Report of an investigation of the epidemic of malarial fever in Assam, or, kala-azar
Disease focus: Malaria
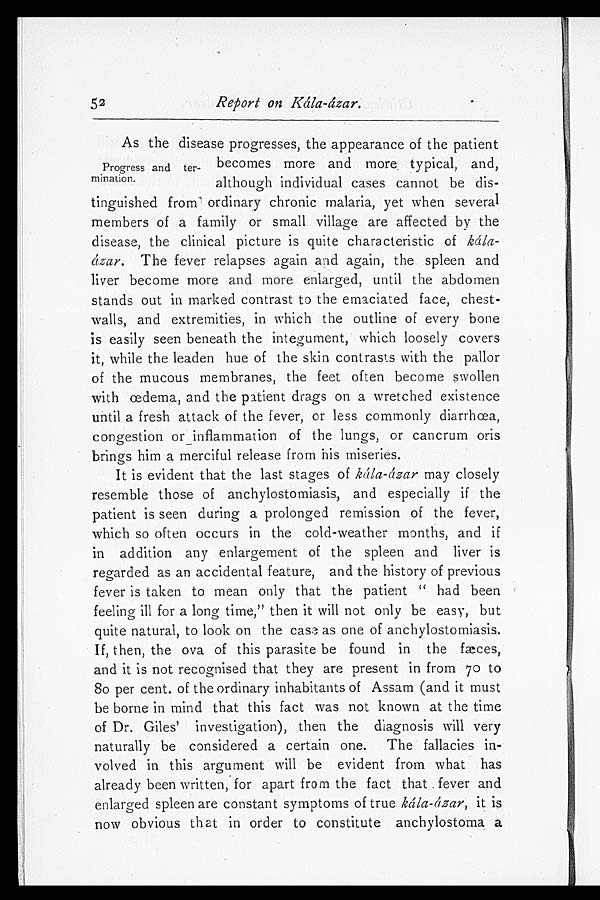
Report on Kála-ázar.
As the disease progresses, the appearance of the patient
becomes more and more typical, and,
although individual cases cannot be dis-
tinguished from ordinary chronic malaria, yet when several
members of a family or small village are affected by the
disease, the clinical picture is quite characteristic of
k á l a - á z a r .
T h e f e v e r r e l a p s e s a g a i n a n d a g a i n , t h e s p l e e n a n d
liver become more and more enlarged, until the abdomen
stands out in marked contrast to the emaciated face, chest-
walls, and extremities, in which the outline of every bone
is easily seen beneath the integument, which loosely covers
it, while the leaden hue of the skin contrasts with the pallor
of the mucous membranes, the feet often become swollen
with œdema, and the patient drags on a wretched existence
until a fresh attack of the fever, or less commonly diarrhœa,
congestion or inflammation of the lungs, or cancrum oris
brings him a merciful release from his miseries.
It is evident that the last stages of kála-ázar may closely
resemble those of anchylostomiasis, and especially if the
patient is seen during a prolonged remission of the fever,
which so often occurs in the cold-weather months, and if
in addition any enlargement of the spleen and liver is
regarded as an accidental feature, and the history of previous
fever is taken to mean only that the patient "had been
feeling ill for a long time," then it will not only be easy, but
quite natural, to look on the case as one of anchylostomiasis.
If, then, the ova of this parasite be found in the fæces,
and it is not recognised that they are present in from 70 to
80 per cent. of the ordinary inhabitants of Assam (and it must
be borne in mind that this fact was not known at the time
of Dr. Giles' investigation), then the diagnosis will very
naturally be considered a certain one. The fallacies in
-volved in this argument will be evident from what has
already been written, for apart from the fact that fever and
enlarged spleen are constant symptoms of true kála-ázar, it is
now obvious that in order to constitute anchylostoma a
52
Progress and ter
-
mination.